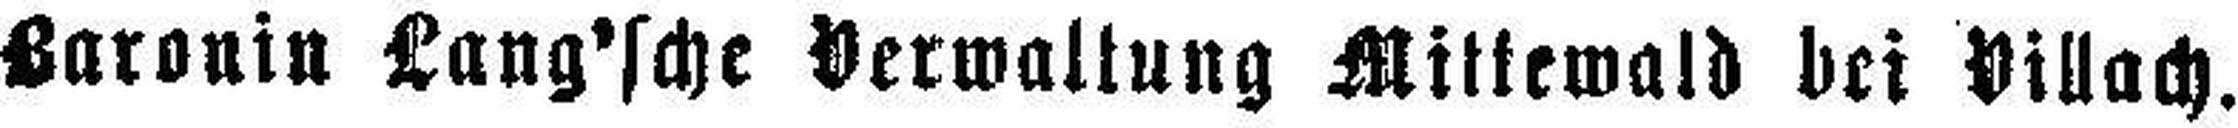
Baronin Lang'sche Verwaltung Mittewald bei Villach.